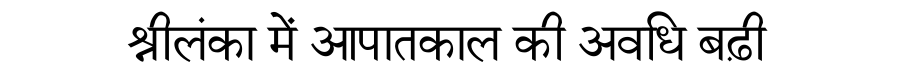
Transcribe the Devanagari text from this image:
श्रीलंका में आपातकाल की अवधि बढ़ी